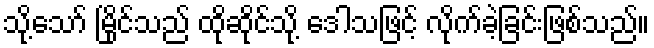
သို့သော် မြိုင်သည် ထိုဆိုင်သို့ ဒေါသဖြင့် လိုက်ခဲ့ခြင်းဖြစ်သည်။